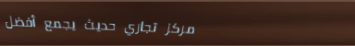
مركز تجاري حديث يجمع أفضل